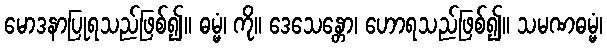
မောဒနာပြုရသည်ဖြစ်၍။ ဓမ္မံ၊ ကို။ ဒေသေန္တော၊ ဟောရသည်ဖြစ်၍။ သမဏဓမ္မံ၊